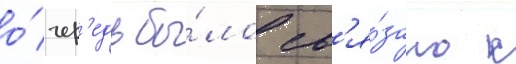
о́чер'едь бы́ло св'я́зано с